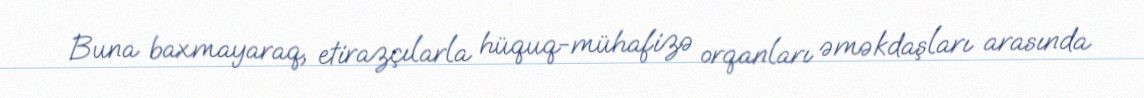
Buna baxmayaraq, etirazçılarla hüquq-mühafizə orqanları əməkdaşları arasında